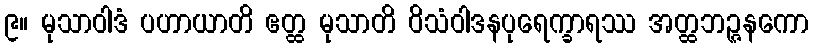
၉။ မုသာဝါဒံ ပဟာယာတိ ဧတ္ထ မုသာတိ ဝိသံဝါဒနပုရေက္ခာရဿ အတ္ထဘဉ္ဇနကော